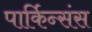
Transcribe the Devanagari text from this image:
पार्किन्संस